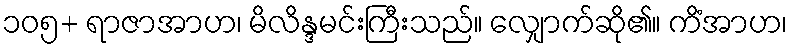
၁၀၅+ ရာဇာအာဟ၊ မိလိန္ဒမင်းကြီးသည်။ လျှောက်ဆို၏။ ကိံအာဟ၊